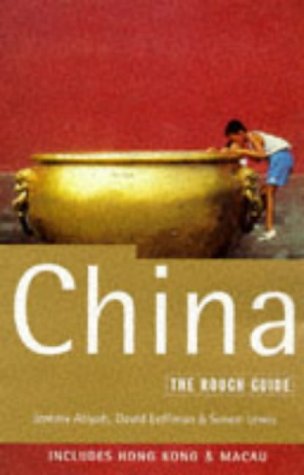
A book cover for China: Including Hong Kong and Macau: The Rough Guide, First Editio (Rough Guide China); Simon Lewis; Travel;